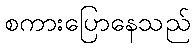
စကားပြောနေသည်